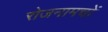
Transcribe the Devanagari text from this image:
रोजनामचों